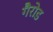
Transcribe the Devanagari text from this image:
गैरोड